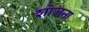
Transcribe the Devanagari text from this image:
शोजना